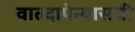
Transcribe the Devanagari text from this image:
वाल्दापेन्यासची